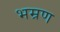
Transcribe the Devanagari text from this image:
भम्रण